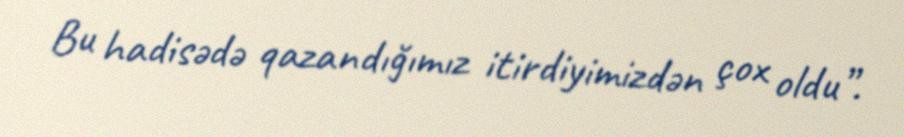
Bu hadisədə qazandığımız itirdiyimizdən çox oldu”.